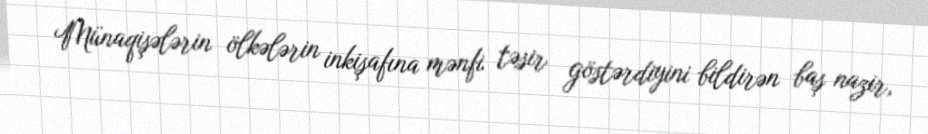
Münaqişələrin ölkələrin inkişafına mənfi təsir göstərdiyini bildirən baş nazir,